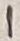
Text: 1